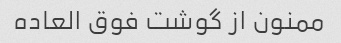
ممنون از گوشت فوق العاده